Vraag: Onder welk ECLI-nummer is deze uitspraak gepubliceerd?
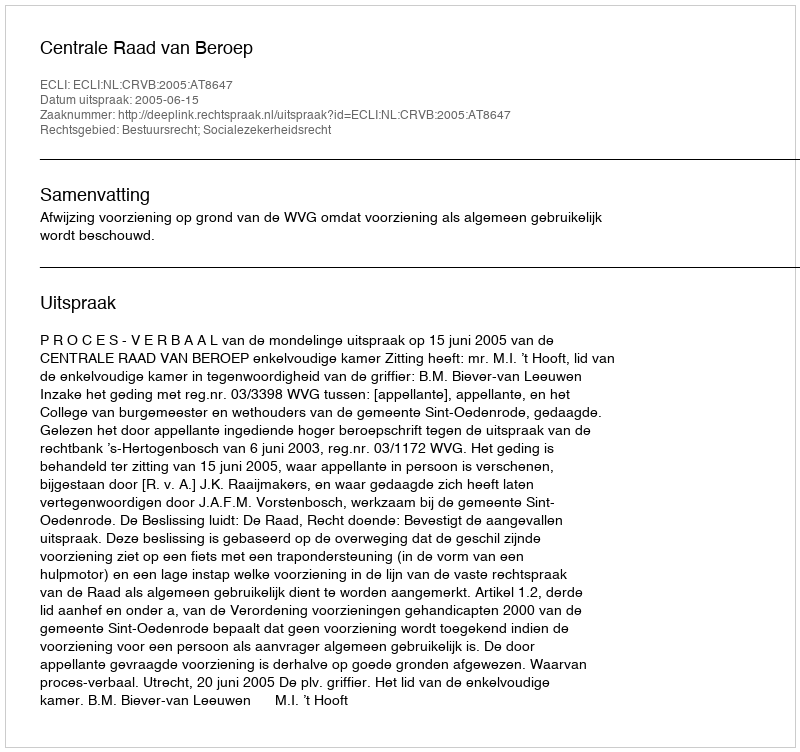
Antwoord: ECLI:NL:CRVB:2005:AT8647